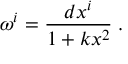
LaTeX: \omega ^ { i } = \frac { d x ^ { i } } { 1 + k x ^ { 2 } } \; .